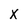
Character: X